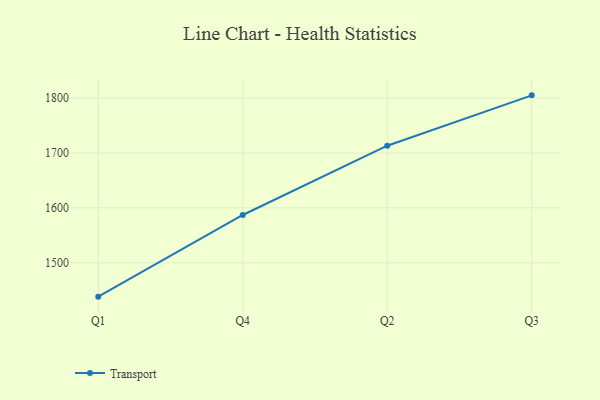
{"axis": {"x": "Quarter", "y": "Waste Production (Tons)"}, "legend": ["Transport"], "data": [{"x": "Q1", "y": 1438.4, "type": "Transport"}, {"x": "Q4", "y": 1587.1, "type": "Transport"}, {"x": "Q2", "y": 1713.2, "type": "Transport"}, {"x": "Q3", "y": 1804.9, "type": "Transport"}]}